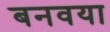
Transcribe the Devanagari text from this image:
बनवया